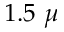
1 . 5 \ \mu